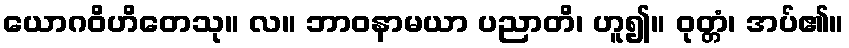
ယောဂဝိဟိတေသု။ လ။ ဘာဝနာမယာ ပညာတိ၊ ဟူ၍။ ဝုတ္တံ၊ အပ်၏။